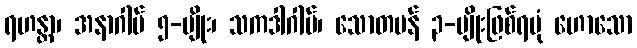
ရဟန္တာ၊ အနာဂါမ် ၅-မျိုး၊ သကဒါဂါမ်၊ သောတပန် ၃-မျိုးဖြစ်ရပုံ ဟောသော